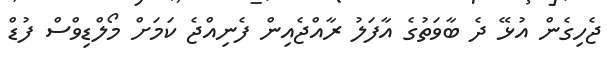
ޖެހިގެން އުޅޭ ދެ ބާވަތުގެ އާފަލު ރާއްޖެއިން ފެނިއްޖެ ކަމަށް މޯލްޑިވްސް ފުޑް